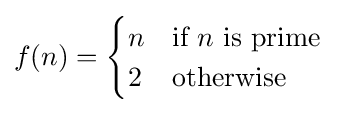
f(n)={\begin{cases}n&{\mbox{if }}n{\text{ is prime}}\\2&{\mbox{otherwise}}\end{cases}}